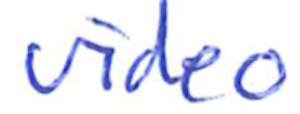
Text: video
Cross-out: clean
Writing tool: ballpoint